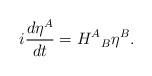
LaTeX: \begin{align*}i\frac{d\eta^A}{dt}={H^A}_B \eta^B.\end{align*}